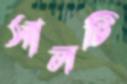
সালটি